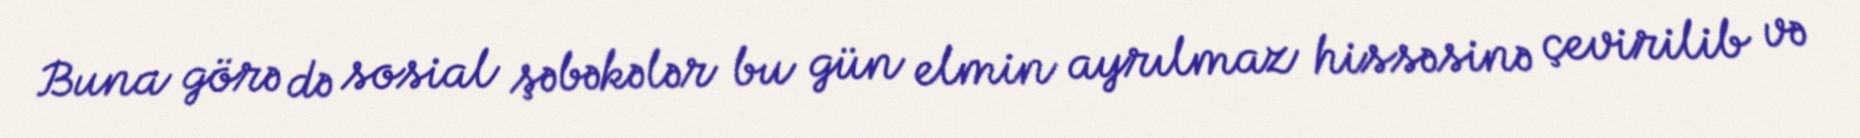
Buna görə də sosial şəbəkələr bu gün elmin ayrılmaz hissəsinə çevirilib və